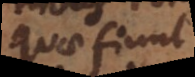
quae sunt